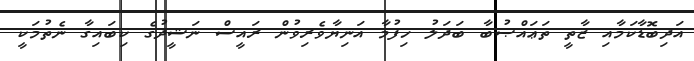
އަދިބޮޑާކަމާއި ޒާތީ ތަޢައްޞުބާ ބަދަލު ހިފުމާ އަނިޔާވެރިވުން ރައީސް ނަޝީދުގެ ކިބައިގާ ނެތުމަކީ